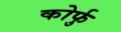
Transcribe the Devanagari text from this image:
कोर्फु